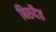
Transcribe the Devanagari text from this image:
बिरुदैत